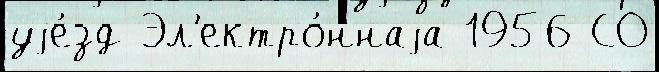
уjе́зд Эл'ектро́ннаjа 1956 СО